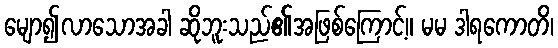
မျော၍လာသောအခါ ဆိုဘူးသည်၏အဖြစ်ကြောင့်။ မမ ဒါရကောတိ၊